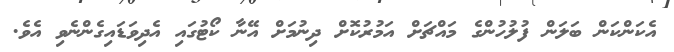
އެކަންކަން ބަލަން ފުލުހުންގެ މައްޗަށް އަމުރުކޮށް ދިނުމަށް އޭނާ ކޯޓުގައި އެދިވަޑައިގެންނެވި އެވެ.